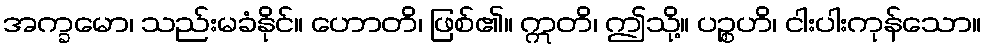
အက္ခမော၊ သည်းမခံနိုင်။ ဟောတိ၊ ဖြစ်၏။ ဣတိ၊ ဤသို့။ ပဉ္စဟိ၊ ငါးပါးကုန်သော။